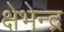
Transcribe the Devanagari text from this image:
क्षेभेन्द्र